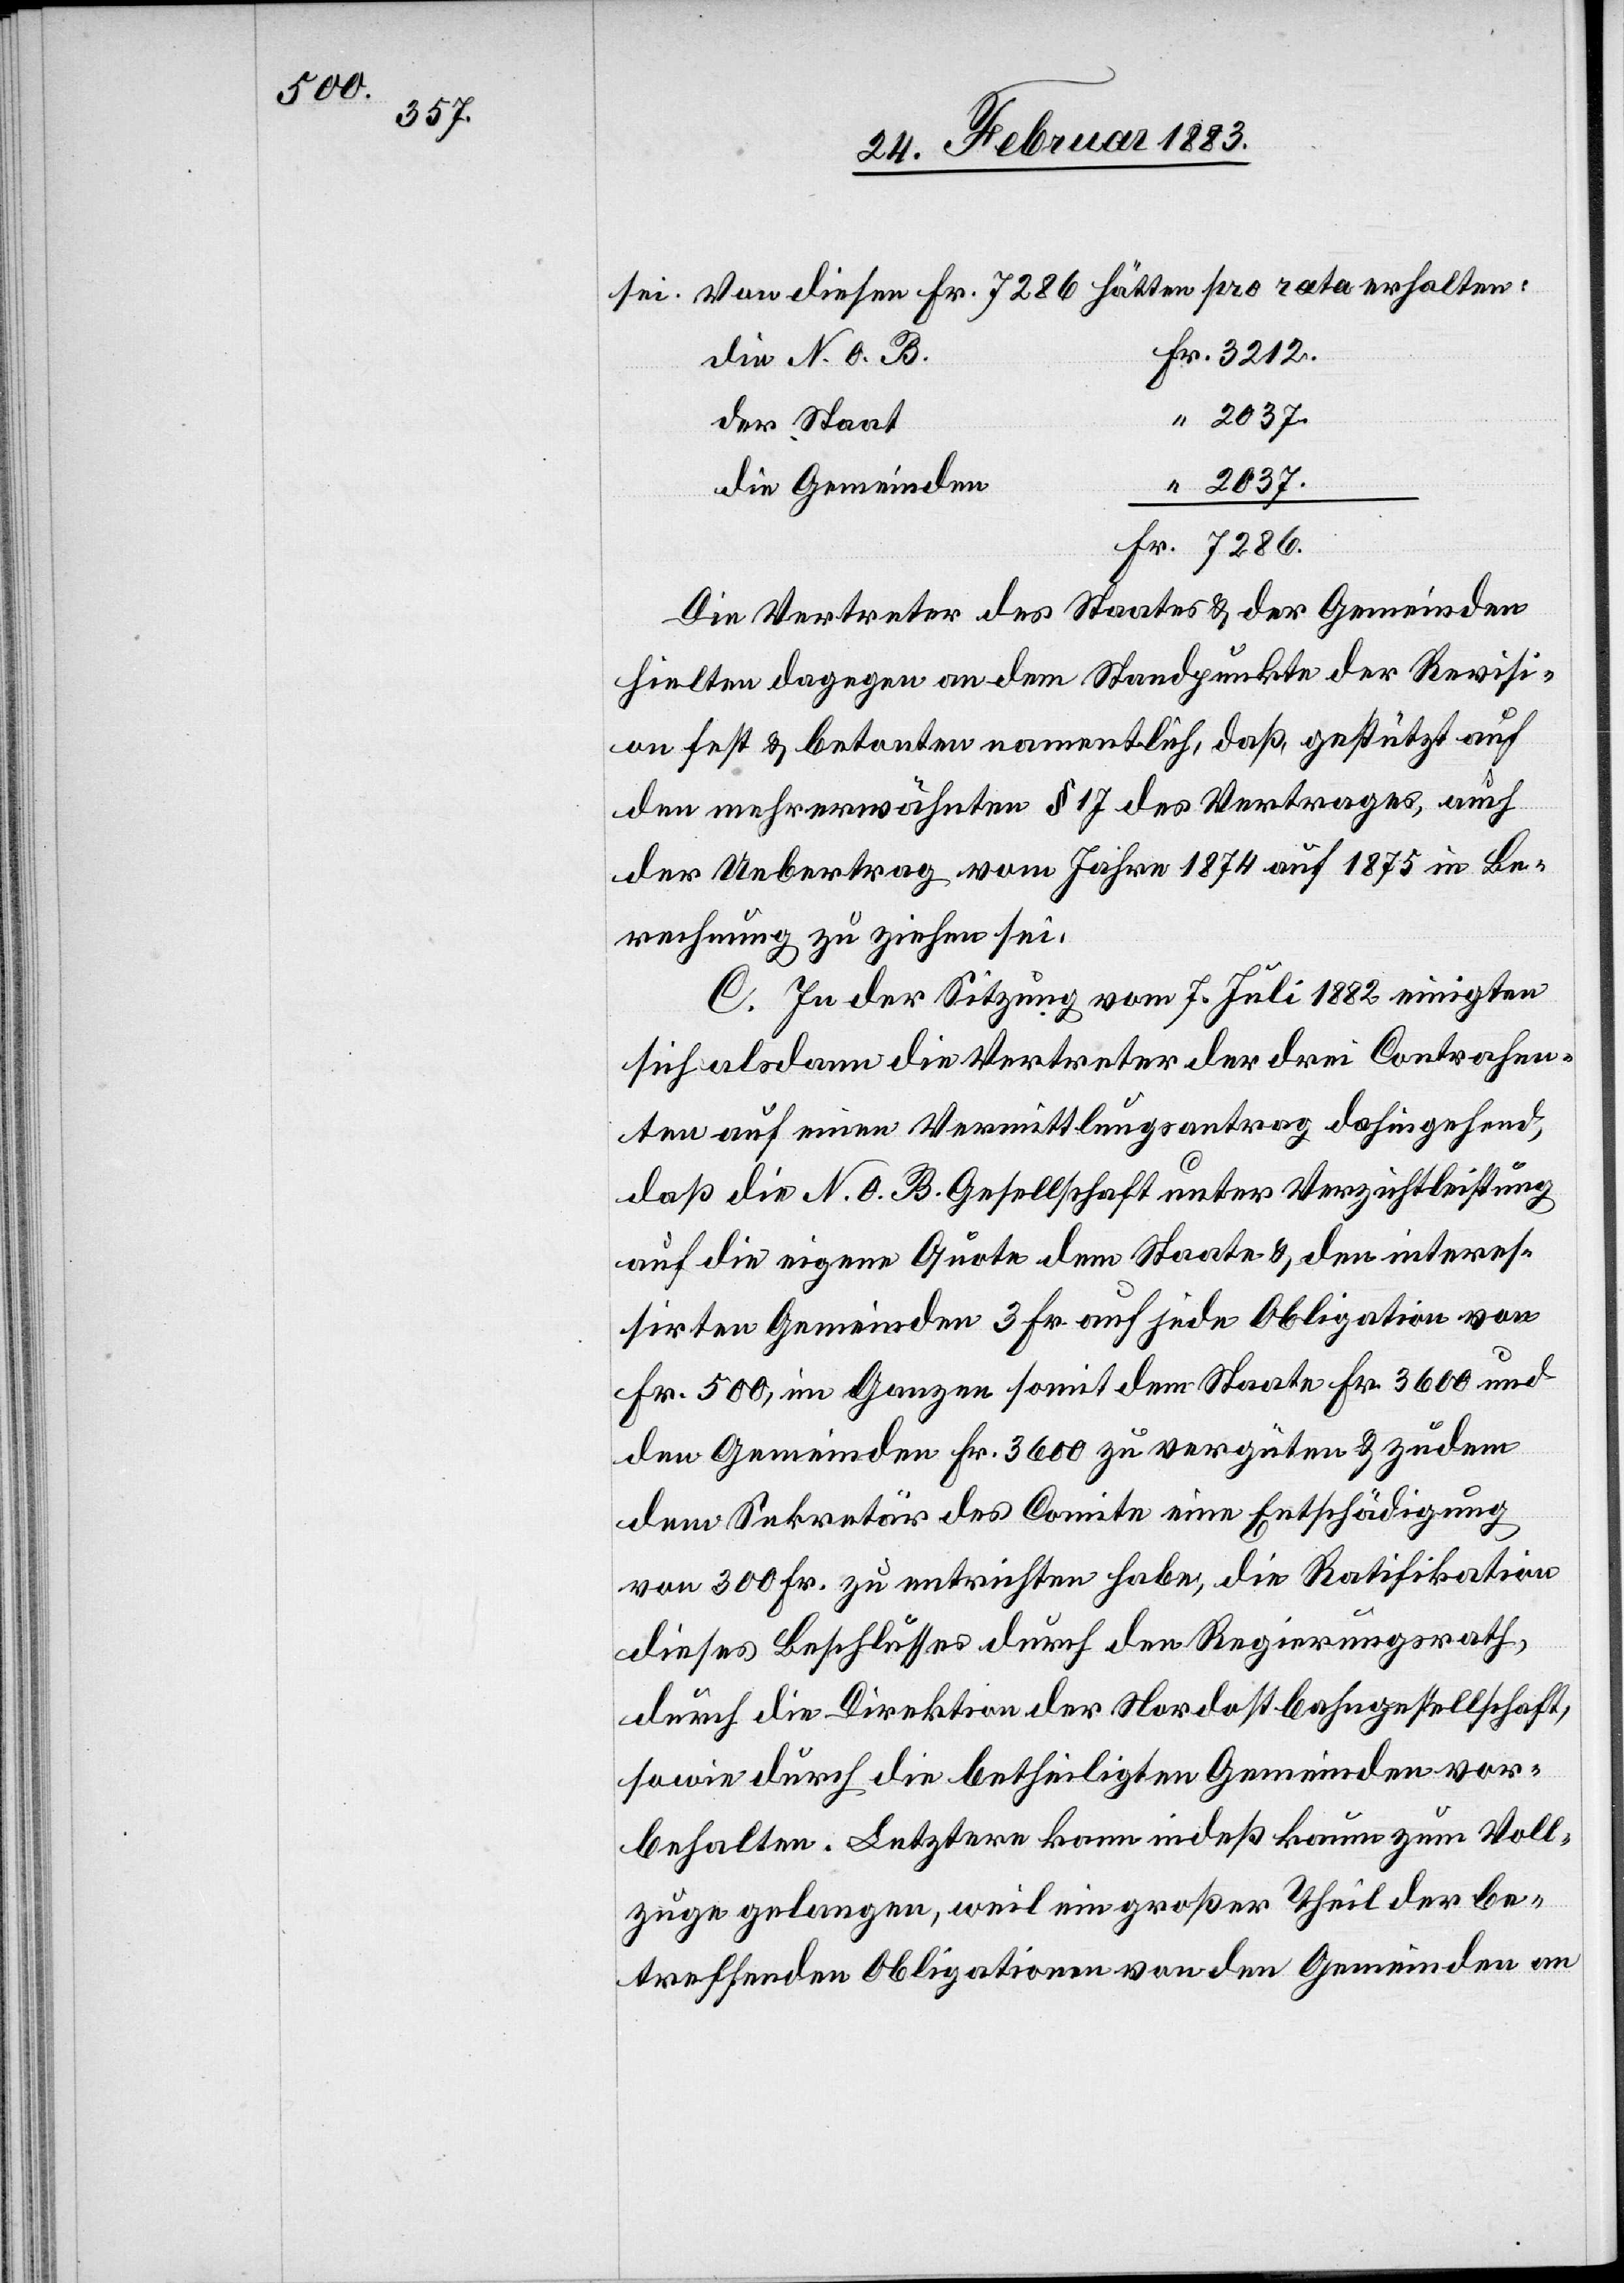
2037.

sei. Von diesen Fr. 7286 hätten pro rata erhalten:
die N. O. B.
der Staat
2037.
die Gemeinden
Die Vertreter des Staates & der Gemeinden
hielten dagegen an dem Standpunkte der Revisi¬
on fest & betonten namentlich, daß, gestützt auf
den mehr erwähnten § 17 des Vertrages, auch
der Uebertrag vom Jahre 1874 auf 1875 in Be¬
rechnung zu ziehen sei.
C. In der Sitzung vom 7. Juli 1882 einigten
sich alsdann die Vertreter der drei Contrahen¬
ten auf einen Vermittlungsantrag dahin gehend,
daß die N. O. B. Gesellschaft unter Verzichtleistung
auf die eigene Quote dem Staate & den interes¬
sierten Gemeinden 3 Fr. auf jede Obligation von
Fr. 500, im Ganzen somit dem Staate Fr. 3600 und
den Gemeinden Fr. 3600 zu vergüten & zudem
dem Sekretär des Comite eine Entschädigung
von 300 Fr. zu entrichten habe, die Ratifikation
dieses Beschlusses durch den Regierungsrath,
durch die Direktion der Nordostbahngesellschaft,
sowie durch die betheiligten Gemeinden vor¬
behalten. Letztere kann indeß kaum zum Voll¬
zuge gelangen, weil ein großer Theil der be¬
treffenden Obligationen von den Gemeinden an